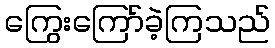
ကြွေးကြော်ခဲ့ကြသည်